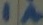
Text: 1A